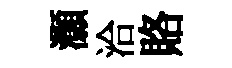
灝洽賂